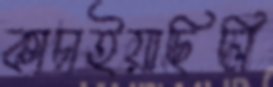
কাচাইয়াছিলি